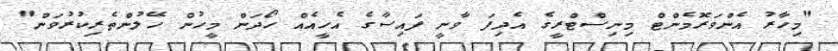
"މިހާރު އެންވަރޮމެންޓް މިނިސްޓްރީގެ އެދިފަ ވާނީ ފައިސާގެ އެހީއެއް ހޯދަން މީހުން ހޭލުންތެރިކުރުވަން"